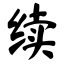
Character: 续